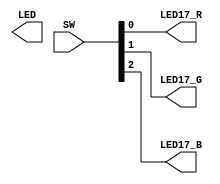
`timescale 1ns / 1ps
//////////////////////////////////////////////////////////////////////////////////
// Company: 
// Engineer: 
// 
// Design Name: 
// Module Name: lab5
// Project Name: 
// Target Devices: 
// Tool Versions: 
// Description: 
// 
// Dependencies: 
// 
// Revision:
// Revision 0.01 - File Created
// Additional Comments:
// 
//////////////////////////////////////////////////////////////////////////////////


module lab5(
    input [7:0] SW,
     output [7:0] LED, 
      output LED17_R,
       output LED17_G,
        output LED17_B
    );
    assign LED17_R = SW[0];
    assign LED17_G = SW[1];
    assign LED17_B = SW[2];
    assign LED[3] = SW[3];
endmodule